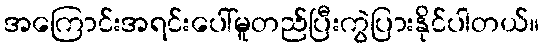
အကြောင်းအရင်းပေါ်မူတည်ပြီးကွဲပြားနိုင်ပါတယ်။